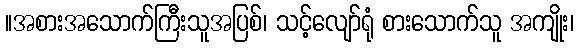
။အစားအသောက်ကြီးသူအပြစ်၊ သင့်လျော်ရုံ စားသောက်သူ အကျိုး၊